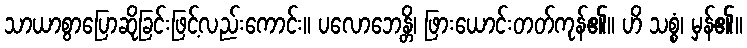
သာယာစွာပြောဆိုခြင်းဖြင့်လည်းကောင်း။ ပလောဘေန္တိ၊ ဖြားယောင်းတတ်ကုန်၏။ ဟိ သစ္စံ၊ မှန်၏။